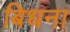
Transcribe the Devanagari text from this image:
बिधना